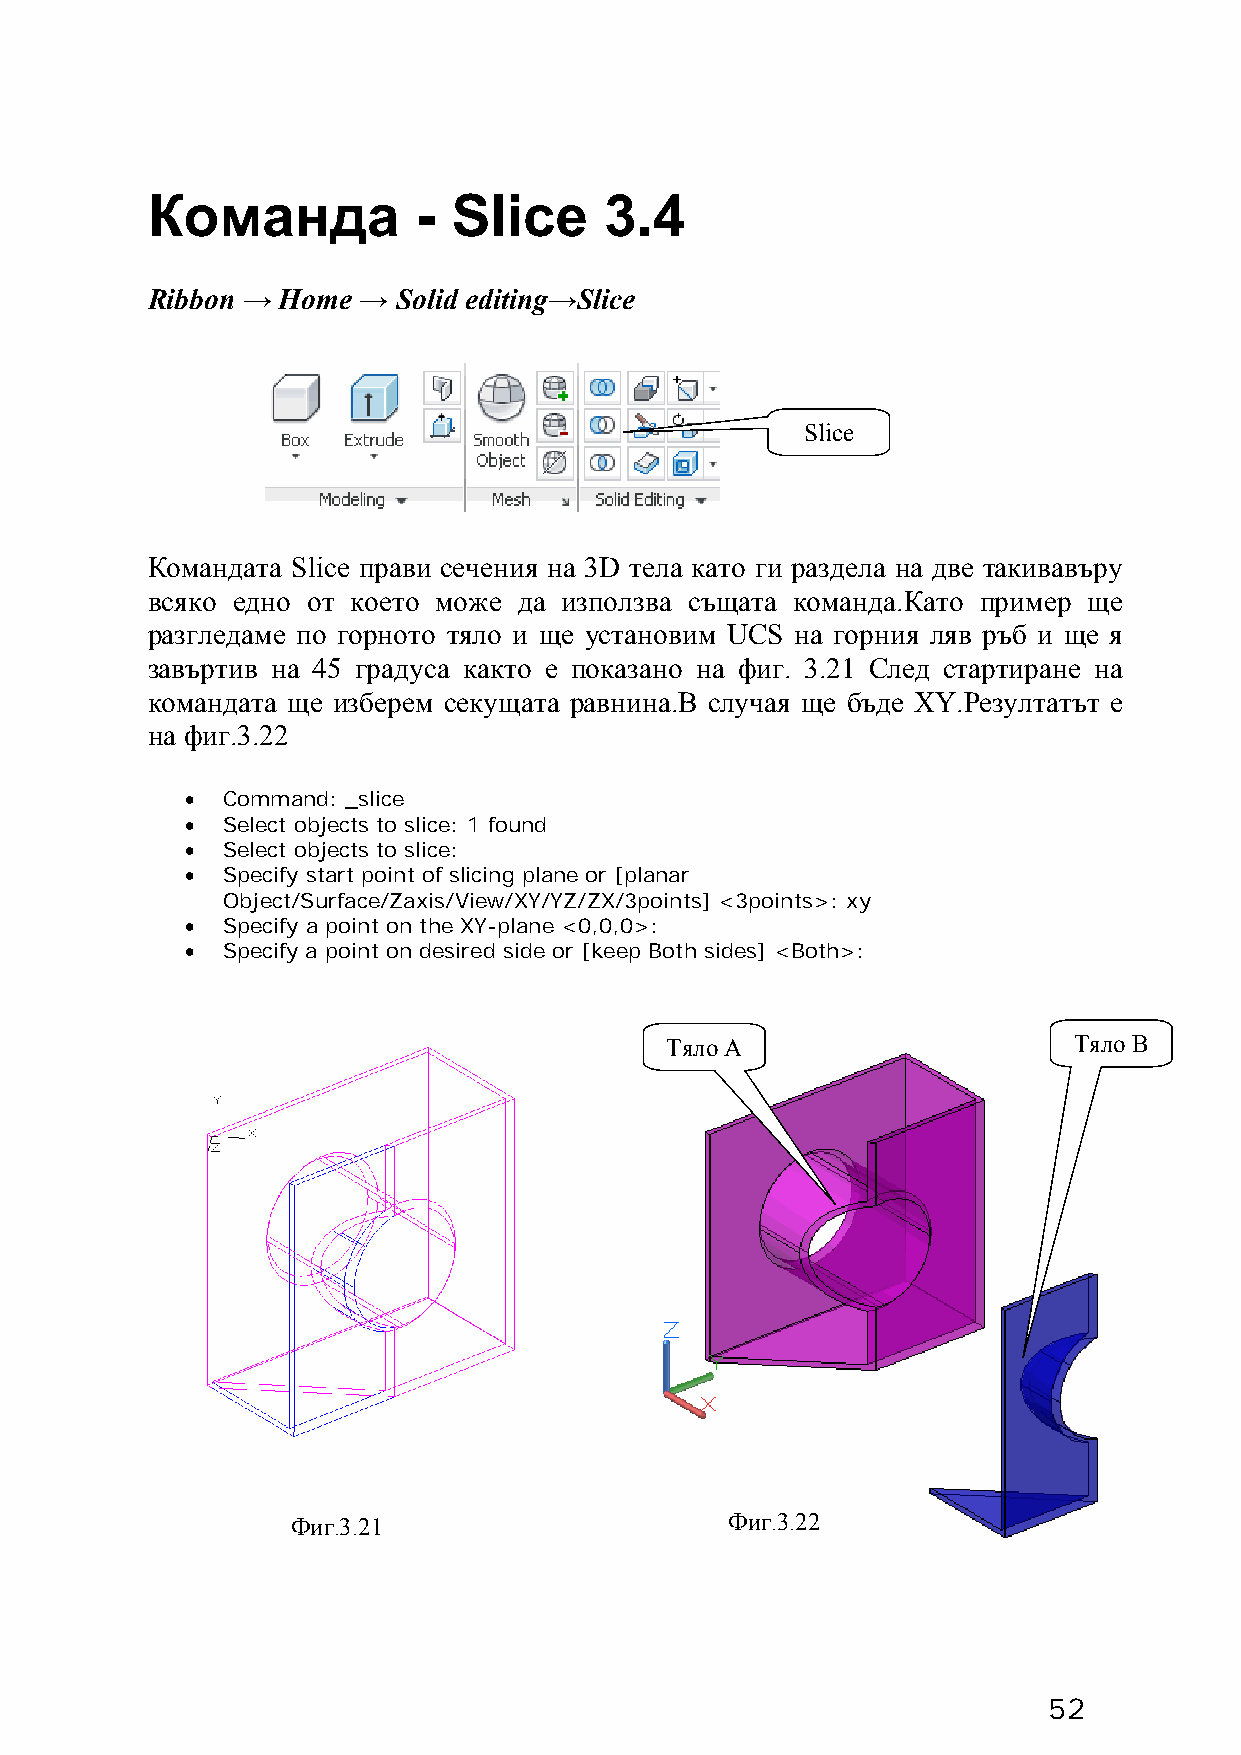
Команда           - Slice     3.4
 Ribbon → Home → Solid editing→Slice
 Slice
 Командата Slice прави сечения на 3D тела като ги раздела на две такивавъру
 всяко едно от което може да използва същата команда.Като пример ще
 разгледаме по горното тяло и ще установим UCS на горния ляв ръб и ще я
 завъртив на 45 градуса както е показано на фиг. 3.21 След стартиране на
 командата ще изберем секущата равнина.В случая ще бъде XY.Резултатът е
 на фиг.3.22
 •  Command: _slice
 •  Select objects to slice: 1 found
 •  Select objects to slice:
 •  Specify start point of slicing plane or [planar
 Object/Surface/Zaxis/View/XY/YZ/ZX/3points] <3points>: xy
 •  Specify a point on the XY-plane <0,0,0>:
 •  Specify a point on desired side or [keep Both sides] <Both>:
 Тяло А                     Тяло В
 Фиг.3.21                     Фиг.3.22
 52